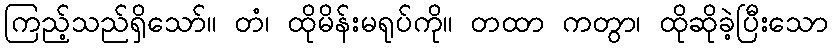
ကြည့်သည်ရှိသော်။ တံ၊ ထိုမိန်းမရုပ်ကို။ တထာ ကတွာ၊ ထိုဆိုခဲ့ပြီးသော